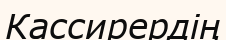
Кассирердің